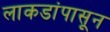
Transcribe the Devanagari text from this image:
लाकडांपासून